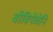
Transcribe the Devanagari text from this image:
वोवियेचेनि